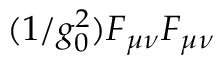
( 1 / g _ { 0 } ^ { 2 } ) F _ { \mu \nu } F _ { \mu \nu }